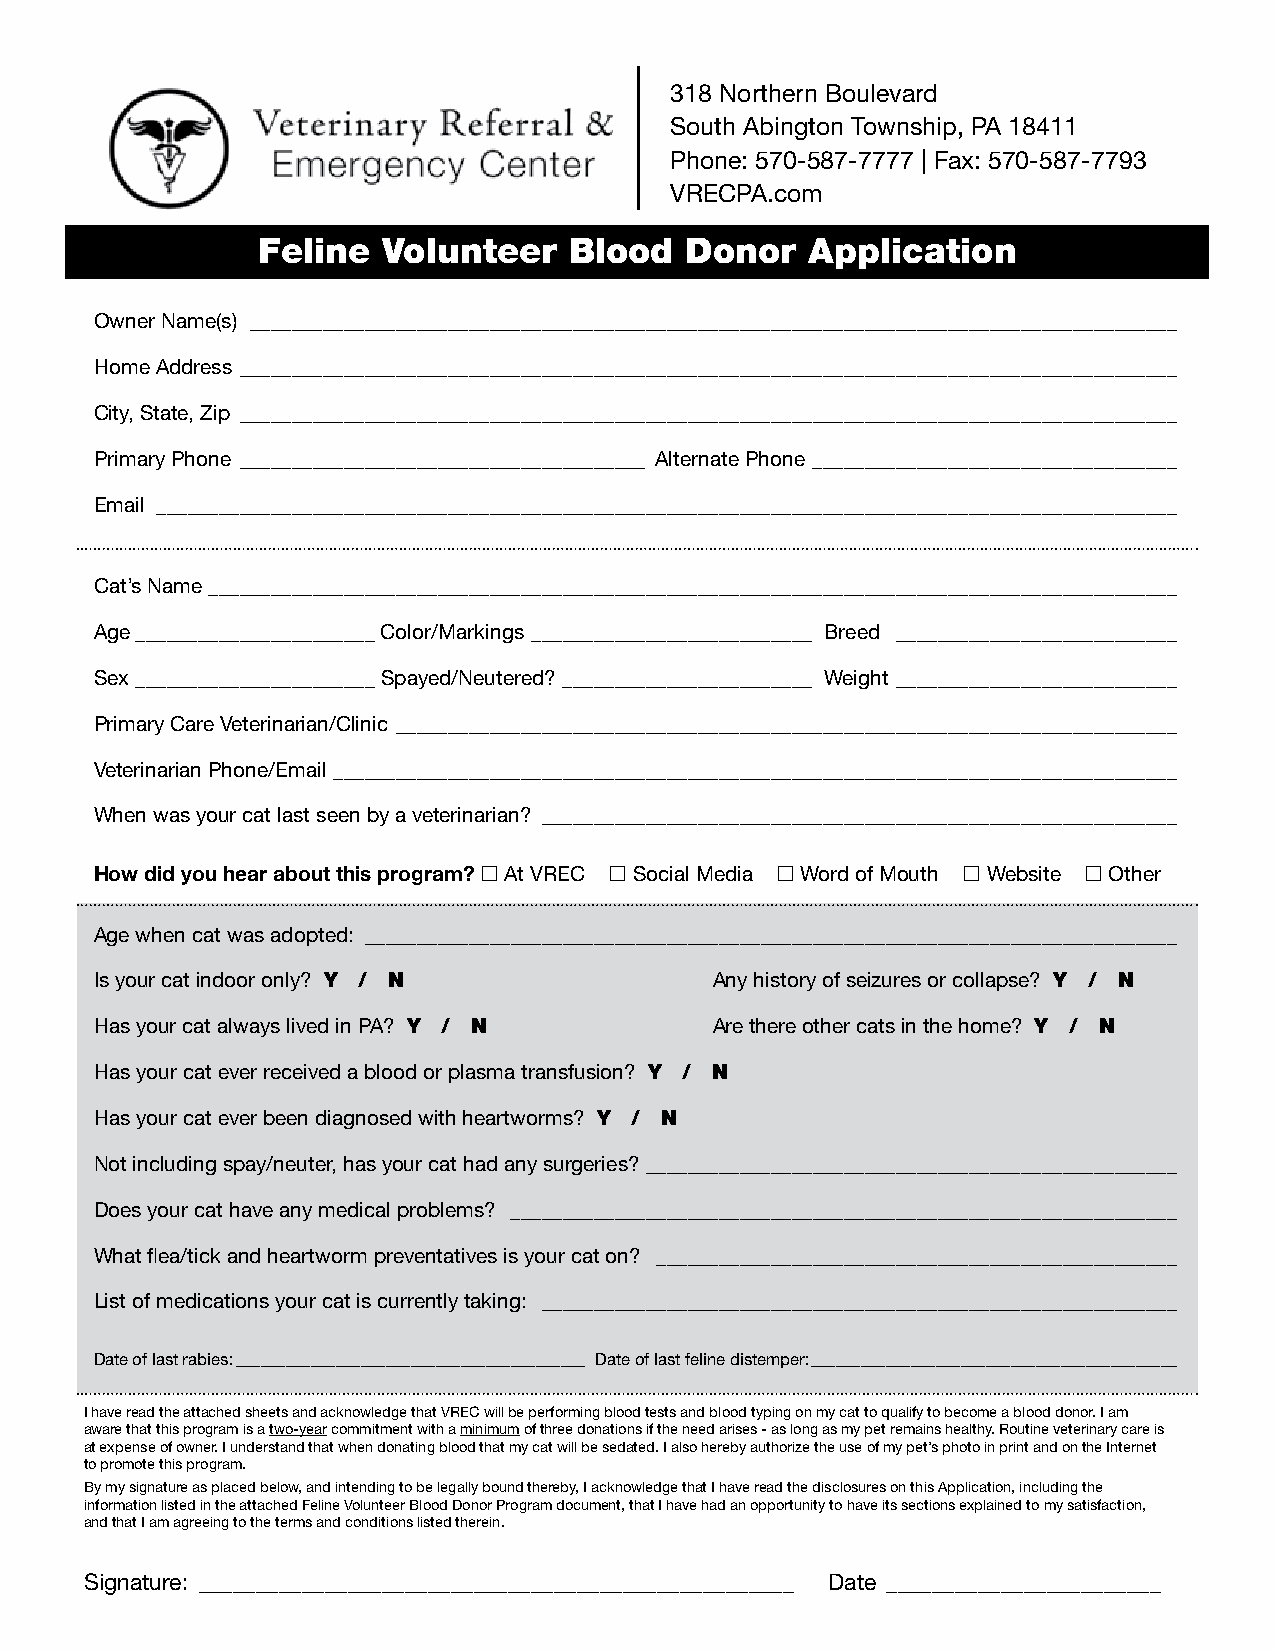
318 Northern Boulevard
 South Abington Township, PA 18411
 Phone: 570-587-7777 | Fax: 570-587-7793
 VRECPA.com
 Feline  Volunteer    Blood  Donor    Application
 Owner Name(s) _________________________________________________________________________________________
 Home Address __________________________________________________________________________________________
 City, State, Zip __________________________________________________________________________________________
 Primary Phone _______________________________________ Alternate Phone ___________________________________
 Email __________________________________________________________________________________________________
 Cat’s Name _____________________________________________________________________________________________
 Age _______________________ Color/Markings ___________________________ Breed ___________________________
 Sex _______________________ Spayed/Neutered? ________________________ Weight ___________________________
 Primary Care Veterinarian/Clinic ___________________________________________________________________________
 Veterinarian Phone/Email _________________________________________________________________________________
 When was your cat last seen by a veterinarian? _____________________________________________________________
 How did you hear about this program?  At VREC  Social Media  Word of Mouth  Website  Other
 Age when cat was adopted: ______________________________________________________________________________
 Is your cat indoor only? Y / N           Any history of seizures or collapse? Y / N
 Has your cat always lived in PA? Y / N   Are there other cats in the home? Y / N
 Has your cat ever received a blood or plasma transfusion? Y / N
 Has your cat ever been diagnosed with heartworms? Y / N
 Not including spay/neuter, has your cat had any surgeries? ___________________________________________________
 Does your cat have any medical problems? ________________________________________________________________
 What flea/tick and heartworm preventatives is your cat on? __________________________________________________
 List of medications your cat is currently taking: _____________________________________________________________
 Date of last rabies: __________________________________________ Date of last feline distemper: ____________________________________________
 I have read the attached sheets and acknowledge that VREC will be performing blood tests and blood typing on my cat to qualify to become a blood donor. I am
 aware that this program is a two-year commitment with a minimum of three donations if the need arises - as long as my pet remains healthy. Routine veterinary care is
 at expense of owner. I understand that when donating blood that my cat will be sedated. I also hereby authorize the use of my pet’s photo in print and on the Internet
 to promote this program.
 By my signature as placed below, and intending to be legally bound thereby, I acknowledge that I have read the disclosures on this Application, including the
 information listed in the attached Feline Volunteer Blood Donor Program document, that I have had an opportunity to have its sections explained to my satisfaction,
 and that I am agreeing to the terms and conditions listed therein.
 Signature: ____________________________________________________ Date ________________________